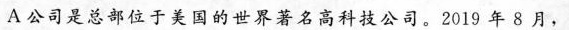
A公司是总部位于美国的世界著名高科技公司。2019年8月，